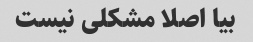
بیا اصلا مشکلی نیست